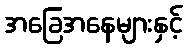
အခြေအနေများနှင့်